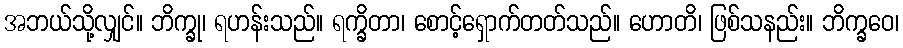
အဘယ်သို့လျှင်။ ဘိက္ခု၊ ရဟန်းသည်။ ရက္ခိတာ၊ စောင့်ရှောက်တတ်သည်။ ဟောတိ၊ ဖြစ်သနည်း။ ဘိက္ခဝေ၊